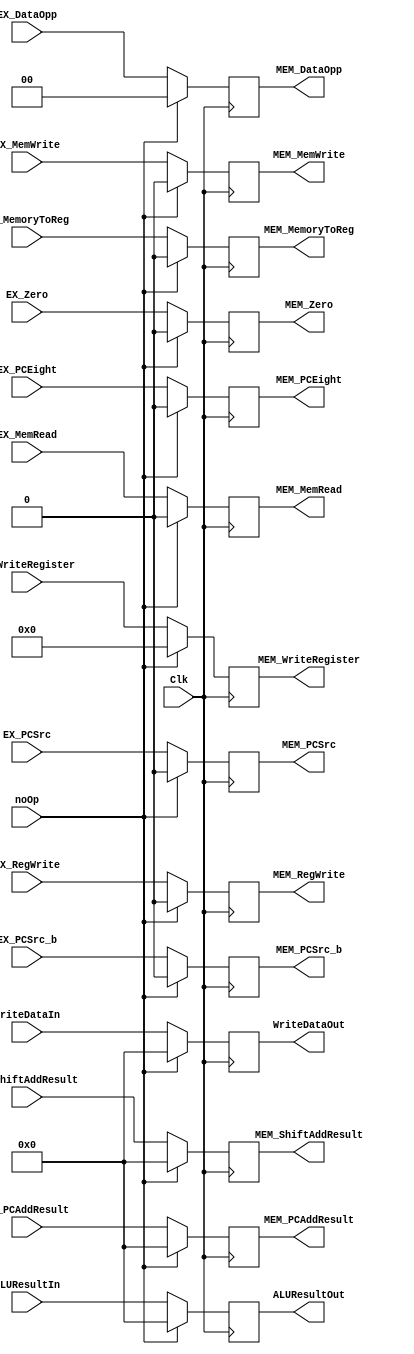
`timescale 1ns / 1ps
//////////////////////////////////////////////////////////////////////////////////
// Company: 
// Engineer: 
// 
// Create Date: 
// Design Name: 
// Module Name: 
// Project Name: 
// Target Devices: 
// Tool Versions: 
// Description: 
// 
// Dependencies: 
// 
// Revision:
// Revision 0.01 - File Created
// Additional Comments:
// 
//////////////////////////////////////////////////////////////////////////////////


module EX_MEM_Reg(Clk, EX_MemoryToReg, EX_RegWrite, EX_PCSrc, EX_MemRead, EX_MemWrite, MEM_MemoryToReg, MEM_RegWrite, MEM_PCSrc, MEM_MemRead, MEM_MemWrite,
                  ALUResultIn, ALUResultOut, WriteDataIn, EX_ShiftAddResult, WriteDataOut, MEM_ShiftAddResult, EX_WriteRegister, MEM_WriteRegister, EX_DataOpp, MEM_DataOpp, EX_Zero, MEM_Zero,
                  EX_PCSrc_b, MEM_PCSrc_b, EX_PCAddResult, MEM_PCAddResult, EX_PCEight, MEM_PCEight, noOp);

                
    input Clk, noOp;

    input EX_MemoryToReg, EX_RegWrite, EX_Zero, EX_PCEight; // Write Back controls 
    input EX_MemRead, EX_MemWrite, EX_PCSrc, EX_PCSrc_b;  // Memory controls
    input [31:0] ALUResultIn, WriteDataIn, EX_ShiftAddResult, EX_PCAddResult; //32 bit data lines
    input [4:0] EX_WriteRegister;
    input [1:0] EX_DataOpp;

    output reg MEM_MemoryToReg, MEM_RegWrite, MEM_Zero, MEM_PCEight; // Write Back controls
    output reg MEM_MemRead, MEM_MemWrite, MEM_PCSrc, MEM_PCSrc_b;  // Memory controls
    output reg [31:0] ALUResultOut, WriteDataOut, MEM_ShiftAddResult, MEM_PCAddResult; //32 bit data lines
    output reg [4:0] MEM_WriteRegister;
    output reg [1:0] MEM_DataOpp;

    
    always@(posedge Clk) begin
        if(noOp == 1'b1)begin
           MEM_MemoryToReg  <= 1'b0;
           MEM_PCSrc        <= 1'b0;
           MEM_MemRead     <= 1'b0;
           MEM_MemWrite    <= 1'b0;
           ALUResultOut   <= 32'b0;
           WriteDataOut    <= 32'b0;
           MEM_ShiftAddResult <= 32'b0;
           MEM_RegWrite    <= 1'b0;
           MEM_WriteRegister  <= 5'b0;
           MEM_DataOpp      <= 2'b0;
           MEM_Zero <= 1'b0;
           MEM_PCSrc_b <= 1'b0;
           MEM_PCAddResult <= 32'b0;
           MEM_PCEight <= 1'b0;
        end
        else begin
           MEM_MemoryToReg  <=      EX_MemoryToReg;
           MEM_PCSrc        <=      EX_PCSrc;
           MEM_MemRead     <=      EX_MemRead;
           MEM_MemWrite    <=      EX_MemWrite;
           ALUResultOut   <=      ALUResultIn;
           WriteDataOut    <=      WriteDataIn;
           MEM_ShiftAddResult <=    EX_ShiftAddResult;
           MEM_RegWrite    <=     EX_RegWrite;
           MEM_WriteRegister  <=      EX_WriteRegister;
           MEM_DataOpp      <=      EX_DataOpp;
           MEM_Zero <= EX_Zero;
           MEM_PCSrc_b <= EX_PCSrc_b;
           MEM_PCAddResult <= EX_PCAddResult;
           MEM_PCEight <= EX_PCEight;
        end
   end
endmodule